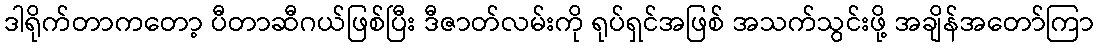
ဒါရိုက်တာကတော့ ပီတာဆီဂယ်ဖြစ်ပြီး ဒီဇာတ်လမ်းကို ရုပ်ရှင်အဖြစ် အသက်သွင်းဖို့ အချိန်အတော်ကြာ